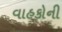
વાહકોની